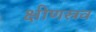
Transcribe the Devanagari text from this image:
क्षीणस्रव